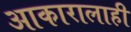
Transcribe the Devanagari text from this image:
आकारालाही